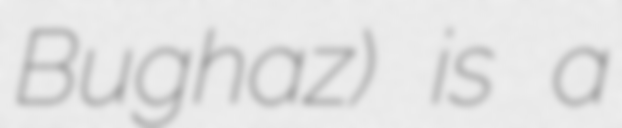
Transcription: Bughaz) is a